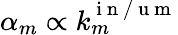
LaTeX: \alpha_{m}\propto k_{m}^{\mathrm{~i~n~/~u~m~}}